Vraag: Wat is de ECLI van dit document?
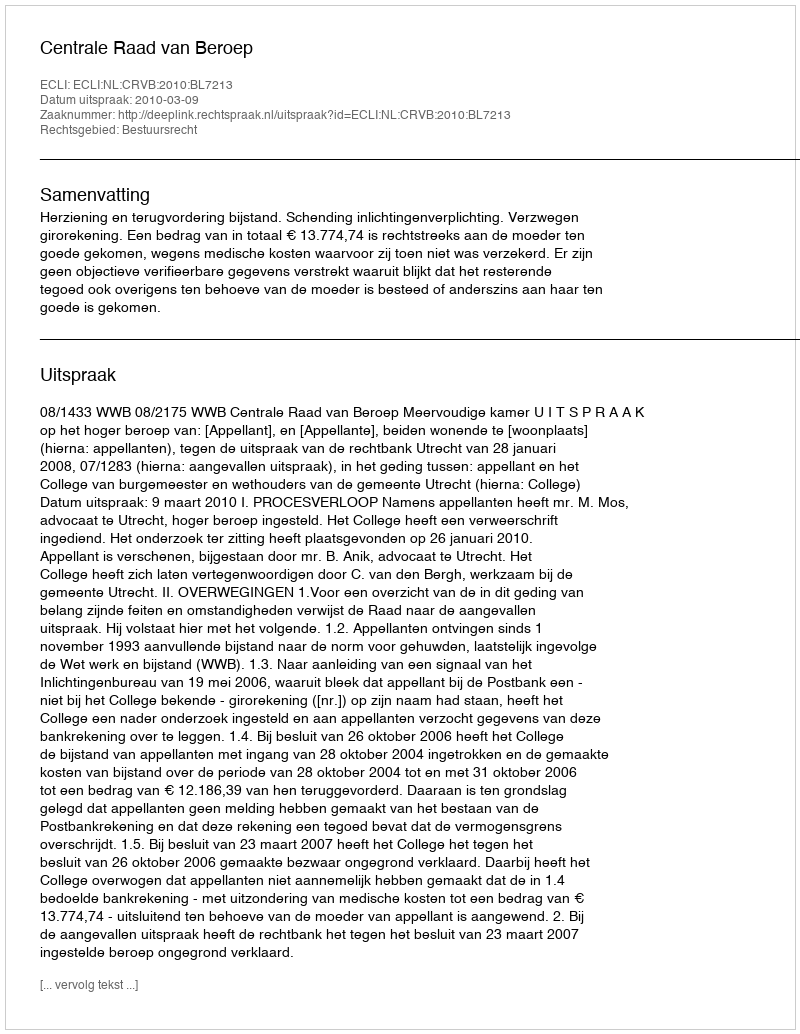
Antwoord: ECLI:NL:CRVB:2010:BL7213